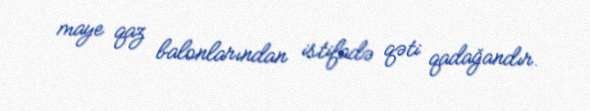
maye qaz balonlarından istifadə qəti qadağandır.